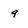
Character: 9